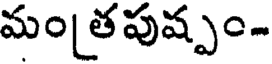
మం తపుష్పం-